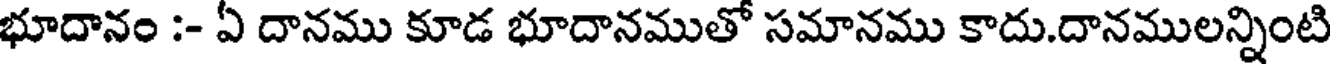
భూదానం :- ఏ దానము కూడ భూదానముతో సమానము కాదు.దానములన్నింటి